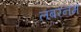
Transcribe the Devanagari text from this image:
लबरनम